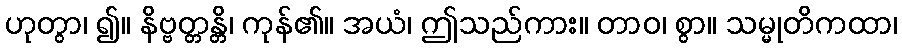
ဟုတွာ၊ ၍။ နိဗ္ဗတ္တန္တိ၊ ကုန်၏။ အယံ၊ ဤသည်ကား။ တာဝ၊ စွာ။ သမ္မုတိကထာ၊